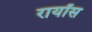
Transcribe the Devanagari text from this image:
रायॉस